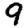
Digit: 9